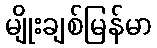
မျိုးချစ်မြန်မာ